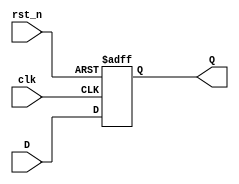
module D_FF(clk,rst_n,D,Q);

input      clk;
input      rst_n;
input      D;
output reg Q;

always@(posedge clk, negedge rst_n) 
begin
    if(!rst_n) 
        Q <= 0;
    else 
        Q <= D; 
end

endmodule